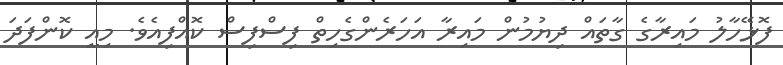
ފޮޅޭހާލު މައިރާގެ ގާތައް ދިޔުމުން މައިރާ އަހަރެންގެހިތް ފިސްފިސް ކޮއްފިއެވެ. މިއީ ކޮންފަދަ